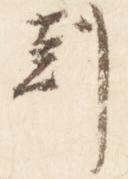
刻